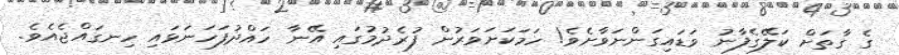
ގެ ގާތަށް ކަލޭގެފާނު ވަޑައިގަންނަވާށެވެ! ހަމަކަށަވަރުން ފުރެދުމުގައި އޭނާ ހައްދުފަހަނަޅައި ހިނގައްޖެއެވެ.